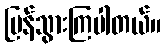
ပြန်သွားကြပါတယ်။